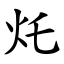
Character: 灹